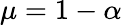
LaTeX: \mu=1-\alpha